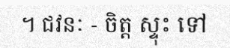
។ ជវនៈ - ចិត្ត ស្ទុះ ទៅ